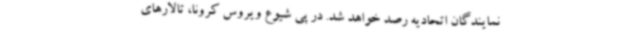
نمایندگان اتحادیه رصد خواهد شد. در پی شیوع ویروس کرونا، تالارهای